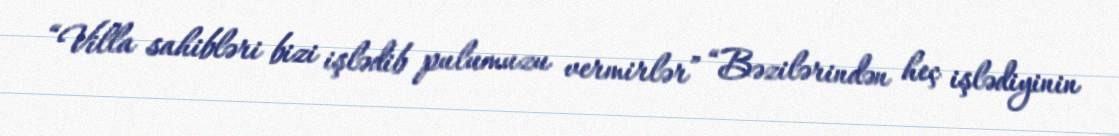
“Villa sahibləri bizi işlədib pulumuzu vermirlər” “Bəzilərindən heç işlədiyinin